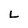
Character: L